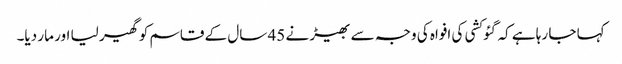
کہا جا رہا ہے کہ گئو کشی کی افواہ کی وجہ سے بھیڑ نے 45 سال کے قاسم کو گھیر لیا اور مار دیا۔